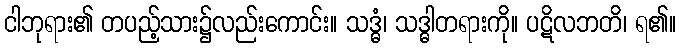
ငါဘုရား၏ တပည့်သား၌လည်းကောင်း။ သဒ္ဓံ၊ သဒ္ဓါတရားကို။ ပဋိလဘတိ၊ ရ၏။